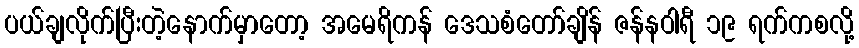
ပယ်ချလိုက်ပြီးတဲ့နောက်မှာတော့ အမေရိကန် ဒေသစံတော်ချိန် ဇန်နဝါရီ ၁၉ ရက်ကစလို့